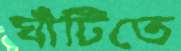
ঘাঁটিতে